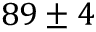
{ 8 9 \pm 4 }